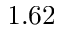
1 . 6 2